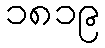
၁၈၁၉